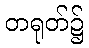
တရုတ်၌